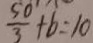
\frac { 5 0 } { 3 } + b = 1 0